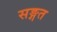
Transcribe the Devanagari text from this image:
सङ्गत